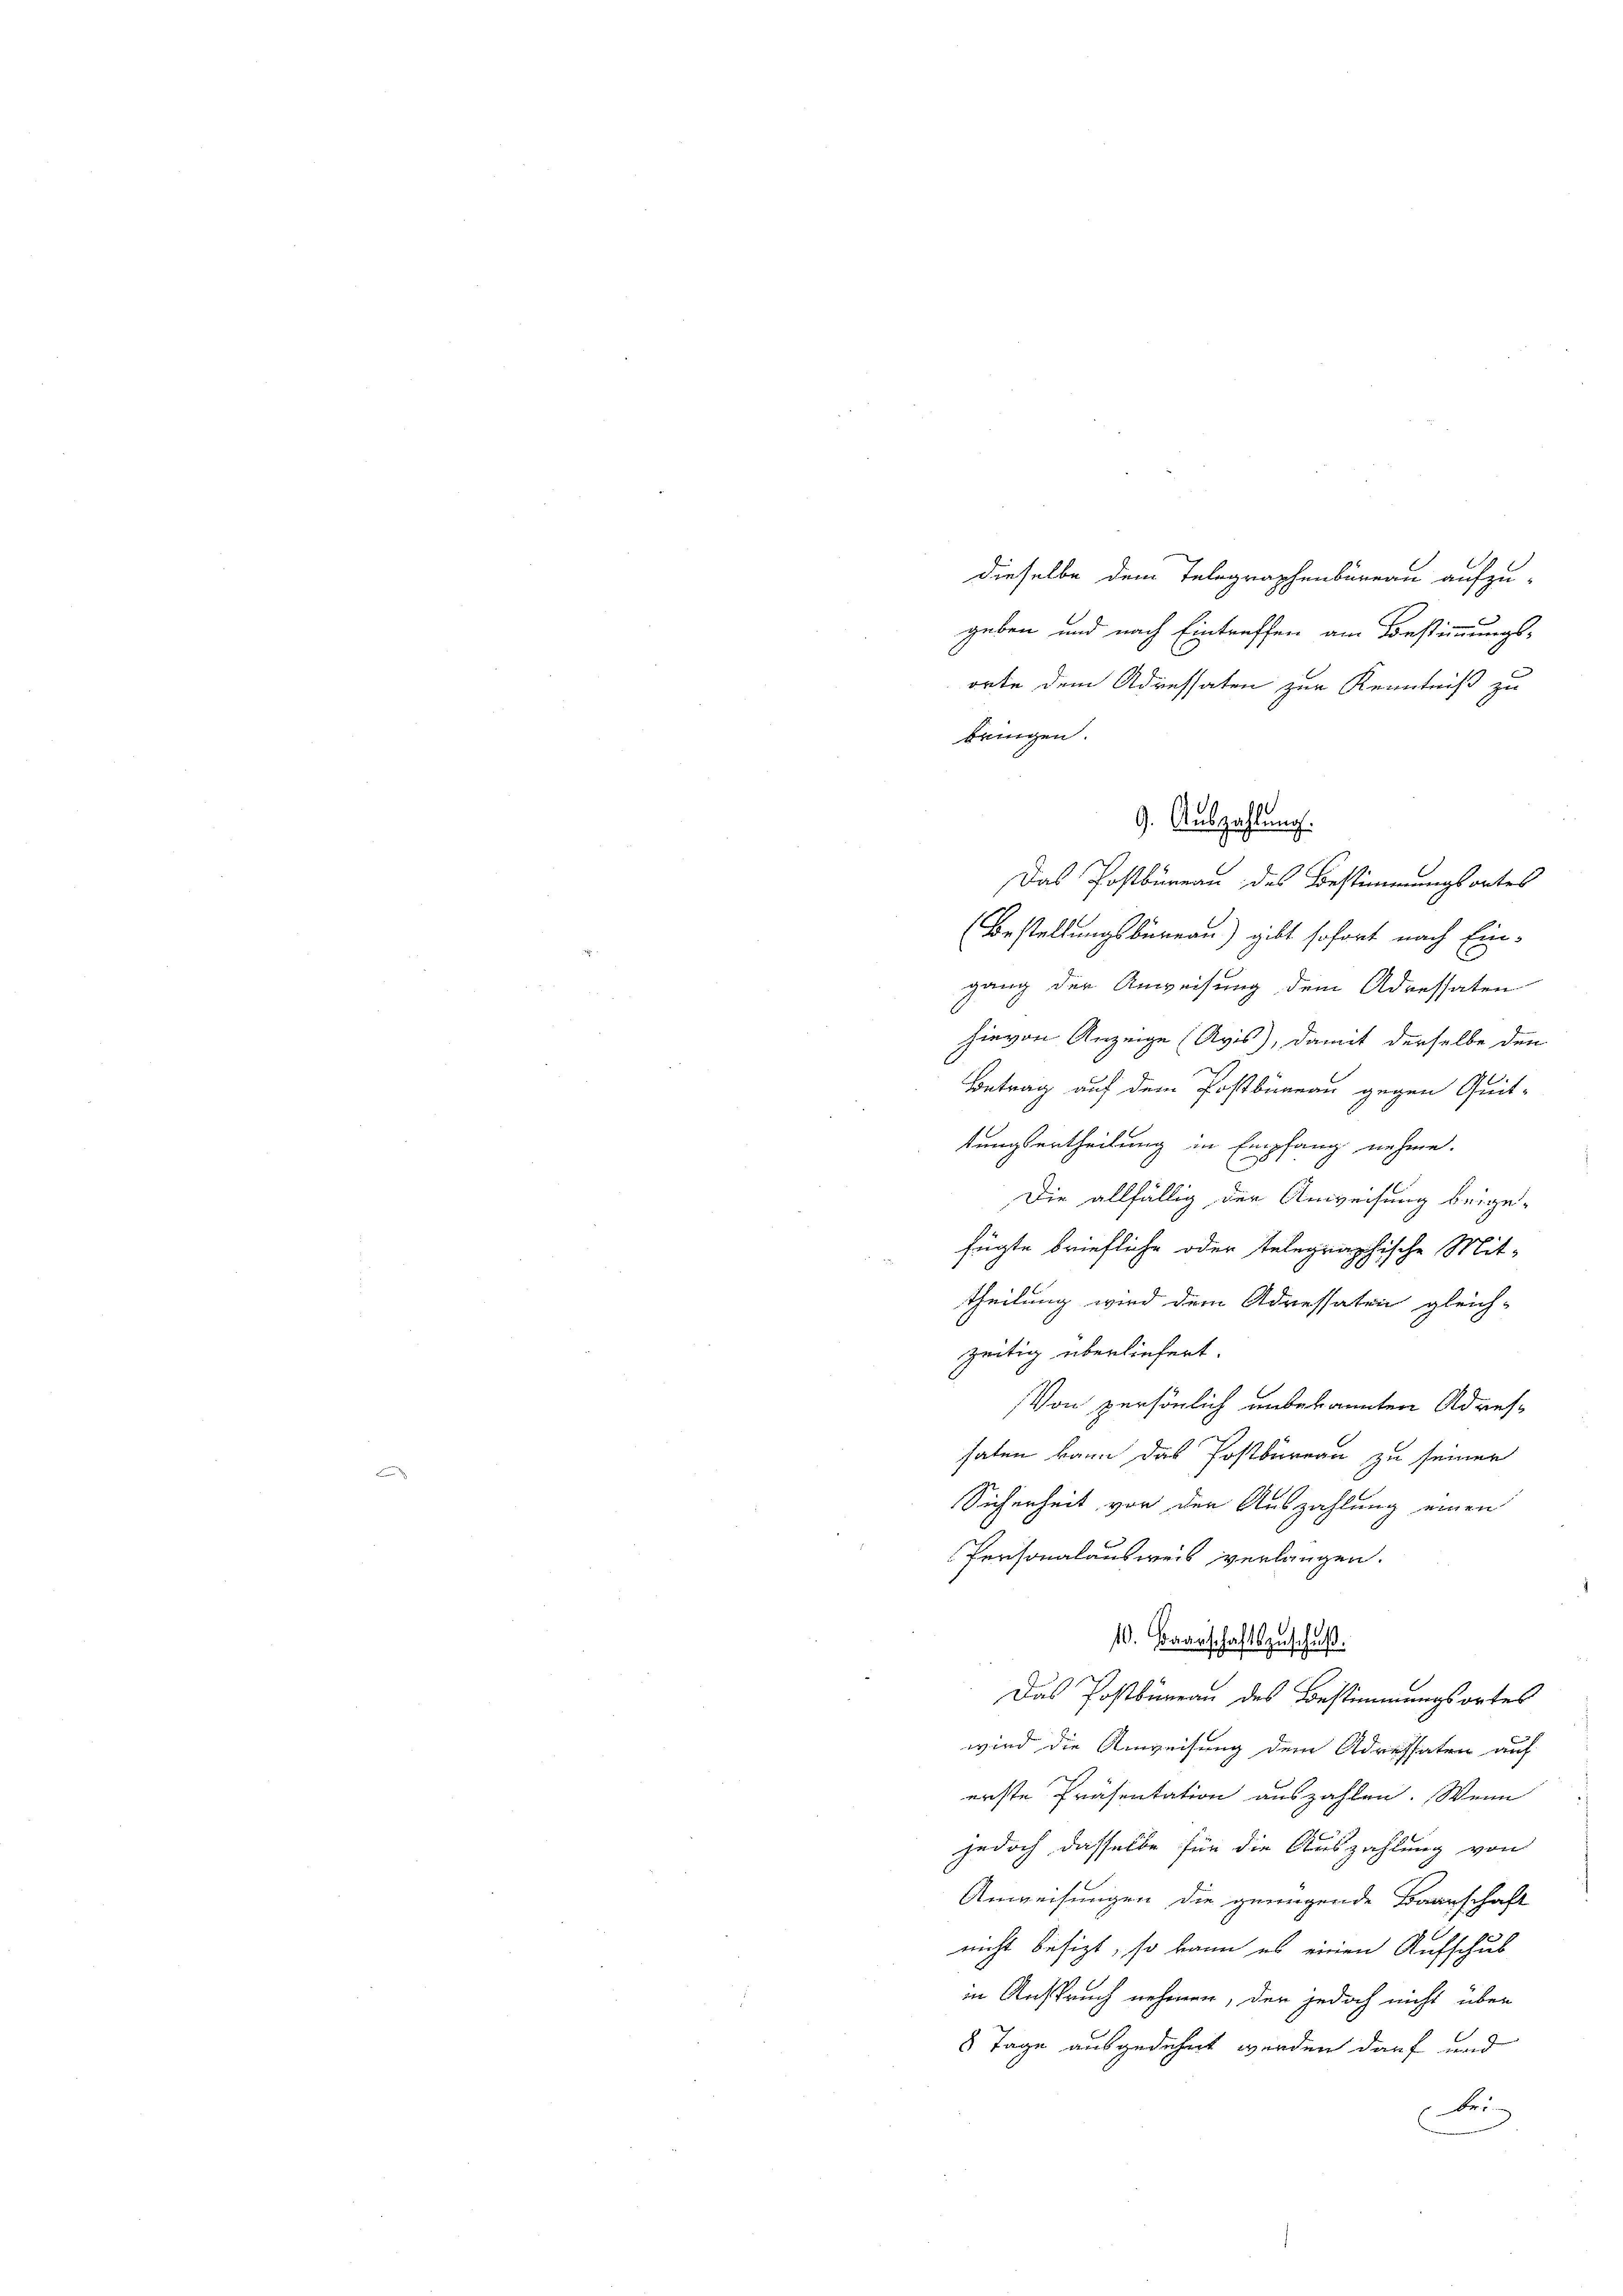
dieselbe dem Telegraphenbureau aufzugeben und nach Eintreffen am Bestimmungs-
orte dem Adressaten zur Kenntniß zu
Das Postbureau des Bestimmungsantes
(Bestellungsbureau) gibt sofort nach Ein-
gang der Anweisung dem Adressaten
hievon Anzeige (Avis), damit derselbe den
Betrag auf dem Postbureau gegen Quit-
tungsurtheilung in Empfang nehme.
Die allfällig der Anweisung beige-
fügte briefliche oder telegraphische Mittheilung wird dem Adressaten gleich-
zeitig überliefert.
Von persönlich unbekannten Adreshaten kann das Postbureau zu seiner
Sicherheit von den Auszahlung einen
Personalausweis verlangen.
10. Haarschaftszuschaft.
Das Postbüreau des Bestimmungsortes
wird die Anweisung dem Adressaten auf
erste Präsentation auszahlen. Wenn
jedoch, dasselbe für die Auszahlung von
Anweisungen die genügende Baarschaft
nicht besizt, so kann es einen Aufschub
in Anspruch nehmen, den jedoch nicht über
8 Tage ausgedehnt werden darf und
Berg

bringen.
9. Auszahlung.